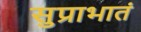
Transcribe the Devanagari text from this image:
सुप्राभातं